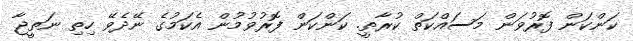
ކަންކަން ފޮރުވަން މަސައްކަތް ކުރާތީ. ކަންކަން ފޮރުވުމުން އެކަމުގެ ނޭދެވޭ ހިތި ނަތީޖާ